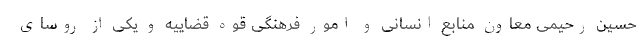
حسین رحیمی معاون منابع انسانی و امور فرهنگی قوه قضاییه و یکی از روسای